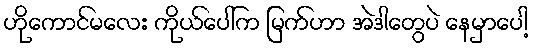
ဟိုကောင်မလေး ကိုယ်ပေါ်က မြက်ဟာ အဲဒါတွေပဲ နေမှာပေါ့